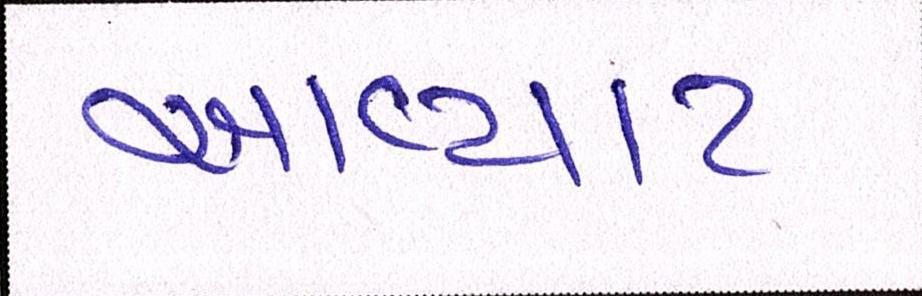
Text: આવ્યાટ